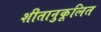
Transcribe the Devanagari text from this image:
शीतानुकूलित